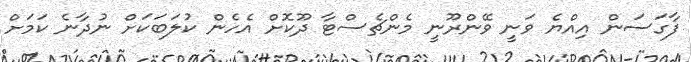
ފާގަސަން އިއްޔެ ވަނީ ވޭންރޫނީ މެންޗެސްޓާ ދޫކޮށް އެހެން ކުލަބަކަށް ނުދާނެ ކަމަށް